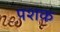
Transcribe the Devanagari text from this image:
पशक